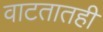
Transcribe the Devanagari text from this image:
वाटतातही